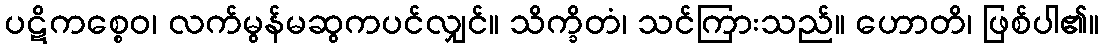
ပဋိကစ္စေဝ၊ လက်မွန်မဆွကပင်လျှင်။ သိက္ခိတံ၊ သင်ကြားသည်။ ဟောတိ၊ ဖြစ်ပါ၏။